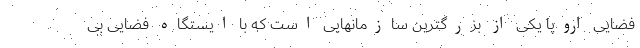
فضایی اروپا یکی از بزرگترین سازمانهایی است که با ایستگاه فضایی بی